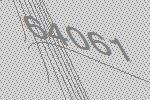
64061